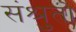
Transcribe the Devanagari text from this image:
संश्रुतो